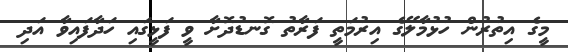
މީގެ އިތުރުން ހުޅުމާލޭގެ އިރުމަތީ ފަރާތު ގޮނޑުދޮށާ ވީ ފަޅީގައި ހަދާފައިވާ އަދި